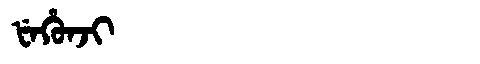
Manchu: ᡶᡝᡥᡠᠨᠵᡳ
Romanization: FEHUNJI